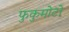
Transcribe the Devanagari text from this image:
फुकुमोटो